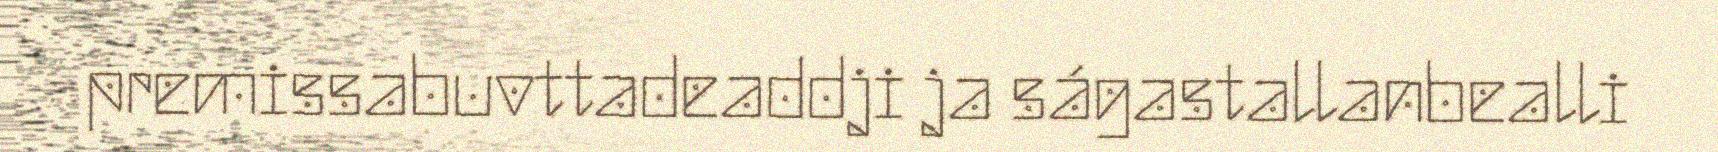
premissabuvttadeaddji ja ságastallanbealli